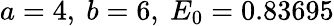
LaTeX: a=4,\ b=6,\ E_{0}=0.83695